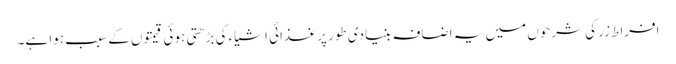
افراط زر کی شرحوں میں یہ اضافہ بنیادی طور پر غذائی اشیاء کی بڑھتی ہوئی قیمتوں کے سبب ہوا ہے۔